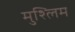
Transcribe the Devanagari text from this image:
मुश्लिम